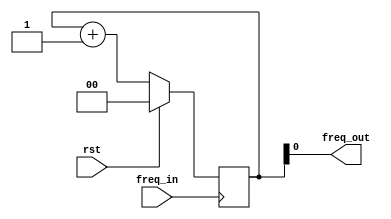
`timescale 1ns / 1ps


module freq_divider #(parameter DIVISOR = 2) (
        input freq_in,
        input rst,
        output freq_out
    );
    
    reg [DIVISOR-1 : 0] cntr;
    
    always@(posedge freq_in) begin
        
        if(rst) begin 
        
            cntr <= 0;
        
        end else begin
        
            cntr <= cntr + 1;
        
        end
        
    end
    
    assign freq_out = cntr[DIVISOR - 2];
    
endmodule